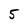
Character: 5